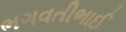
ભગવતીભાઈ